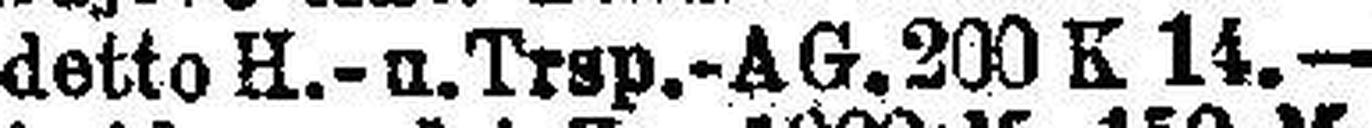
detto H.-u. Trsp.-AG. 200 K 14.—